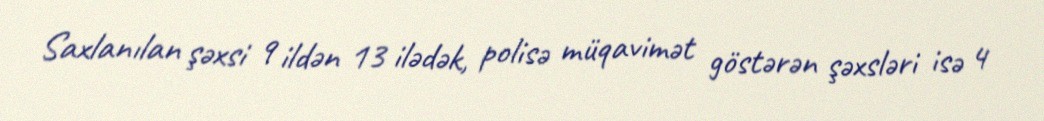
Saxlanılan şəxsi 9 ildən 13 ilədək, polisə müqavimət göstərən şəxsləri isə 4